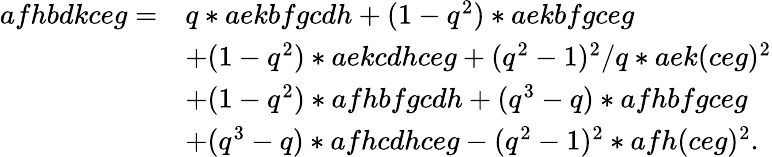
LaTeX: \begin{array}{rl}{afhbdkceg=}&{q*aekbfgcdh+(1-q^{2})*aekbfgceg}\\ &{+(1-q^{2})*aekcdhceg+(q^{2}-1)^{2}/q*aek(ceg)^{2}}\\ &{+(1-q^{2})*afhbfgcdh+(q^{3}-q)*afhbfgceg}\\ &{+(q^{3}-q)*afhcdhceg-(q^{2}-1)^{2}*afh(ceg)^{2}.}\end{array}